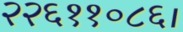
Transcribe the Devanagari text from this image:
२२६११०८६।